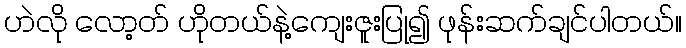
ဟဲလို လော့တ် ဟိုတယ်နဲ့ကျေးဇူးပြု၍ ဖုန်းဆက်ချင်ပါတယ်။